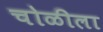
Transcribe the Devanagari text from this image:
चोळीला